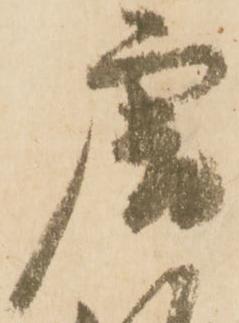
唐